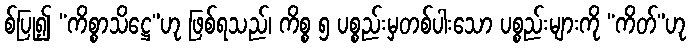
စ်ပြု၍ “ကိစ္စာသိဋ္ဌေ”ဟု ဖြစ်ရသည်၊ ကိစ္စ ၅ ပစ္စည်းမှတစ်ပါးသော ပစ္စည်းများကို “ကိတ်”ဟု